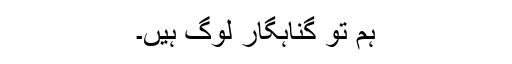
ہم تو گناہگار لوگ ہیں۔